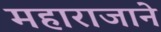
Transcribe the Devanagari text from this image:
महाराजाने